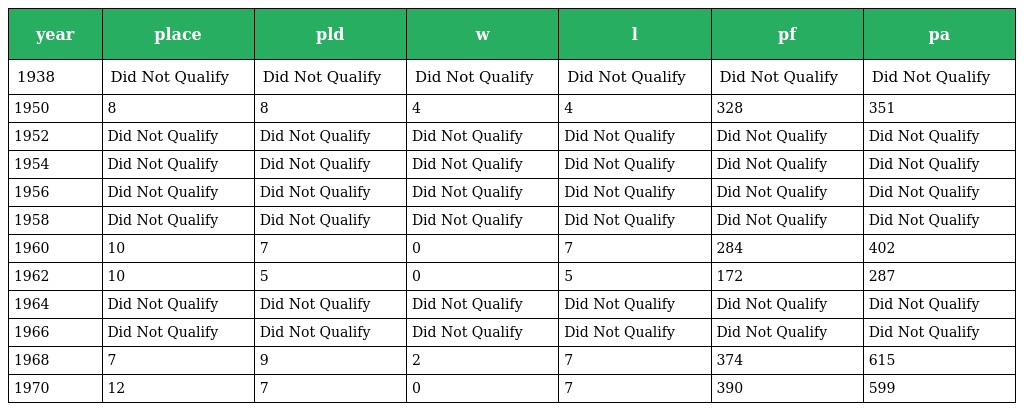
| year | place | pld | w | l | pf | pa |
 | --- | --- | --- | --- | --- | --- | --- |
 | 1938 | Did Not Qualify | Did Not Qualify | Did Not Qualify | Did Not Qualify | Did Not Qualify | Did Not Qualify |
 | 1950 | 8 | 8 | 4 | 4 | 328 | 351 |
 | 1952 | Did Not Qualify | Did Not Qualify | Did Not Qualify | Did Not Qualify | Did Not Qualify | Did Not Qualify |
 | 1954 | Did Not Qualify | Did Not Qualify | Did Not Qualify | Did Not Qualify | Did Not Qualify | Did Not Qualify |
 | 1956 | Did Not Qualify | Did Not Qualify | Did Not Qualify | Did Not Qualify | Did Not Qualify | Did Not Qualify |
 | 1958 | Did Not Qualify | Did Not Qualify | Did Not Qualify | Did Not Qualify | Did Not Qualify | Did Not Qualify |
 | 1960 | 10 | 7 | 0 | 7 | 284 | 402 |
 | 1962 | 10 | 5 | 0 | 5 | 172 | 287 |
 | 1964 | Did Not Qualify | Did Not Qualify | Did Not Qualify | Did Not Qualify | Did Not Qualify | Did Not Qualify |
 | 1966 | Did Not Qualify | Did Not Qualify | Did Not Qualify | Did Not Qualify | Did Not Qualify | Did Not Qualify |
 | 1968 | 7 | 9 | 2 | 7 | 374 | 615 |
 | 1970 | 12 | 7 | 0 | 7 | 390 | 599 |